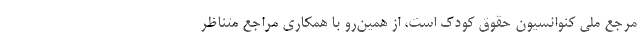
مرجع ملی کنوانسیون حقوق کودک است، از همین‌رو با همکاری مراجع متناظر